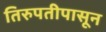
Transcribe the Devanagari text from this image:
तिरुपतीपासून